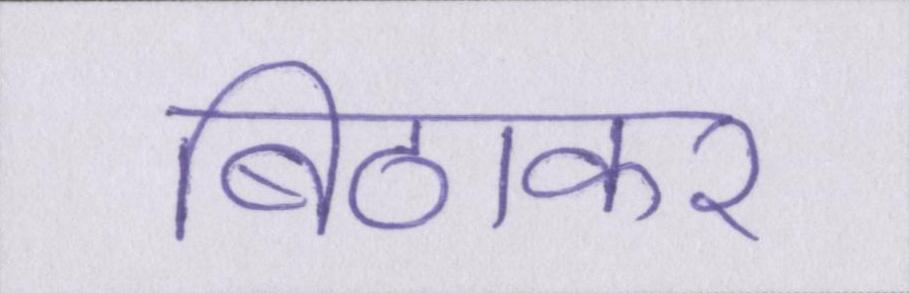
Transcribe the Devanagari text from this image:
बिठाकर